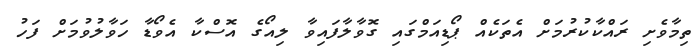
ތިމާވެށި ރައްކާކުރުމަށް އެތަކެއް ޕޯޑިއަމްގައި ގޮވާލާފައިވާ ލިއޯގެ އޮސްކާ އެވޯޑާ ހަވާލުވުމަށް ފަހު